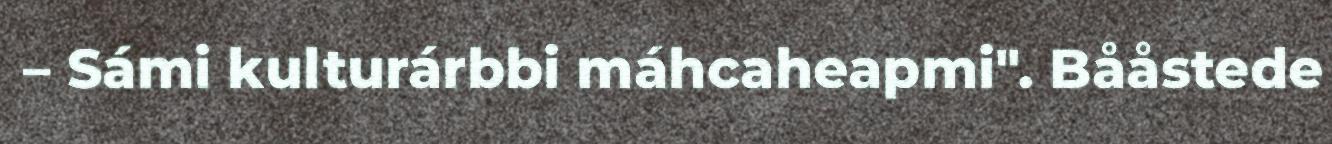
– Sámi kulturárbbi máhcaheapmi". Bååstede